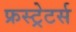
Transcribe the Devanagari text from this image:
फ्रस्ट्रेटर्स